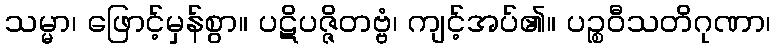
သမ္မာ၊ ဖြောင့်မှန်စွာ။ ပဋိပဇ္ဇိတဗ္ဗံ၊ ကျင့်အပ်၏။ ပဉ္စဝီသတိဂုဏာ၊